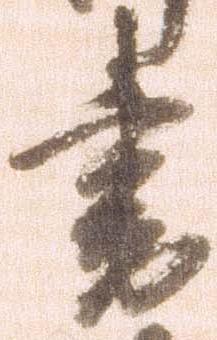
書